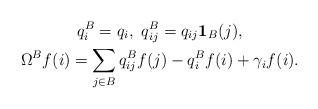
LaTeX: \begin{gather*} q^B_i=q_i,\ q_{ij}^B=q_{ij}\mathbf 1_B(j),\\ \Omega^B f(i)=\sum_{j\in B} q_{ij}^B f(j)-q_i^B f(i)+\gamma_i f(i). \end{gather*}